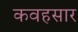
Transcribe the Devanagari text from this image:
कवहसार